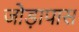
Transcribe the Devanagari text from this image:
जोड़ापास